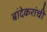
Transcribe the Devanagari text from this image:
बांदेकरांची